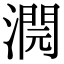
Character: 𣾬